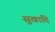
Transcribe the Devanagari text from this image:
सुखादि